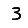
Digit: 3